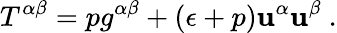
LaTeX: T^{\alpha\beta}=pg^{\alpha\beta}+(\epsilon+p)\mathbf{u}^{\alpha}\mathbf{u}^{\beta}~.